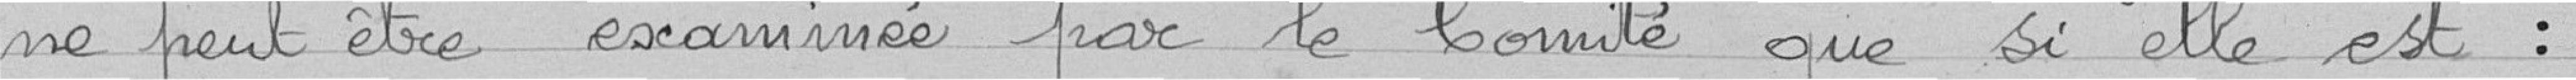
ne peut être examinée par le Comité que si elle est :